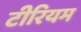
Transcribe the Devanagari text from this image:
टीरियम